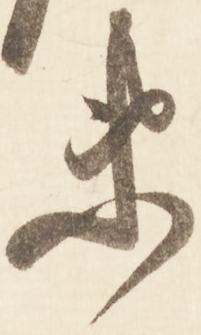
衛